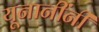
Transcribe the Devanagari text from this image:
यूनानींनी